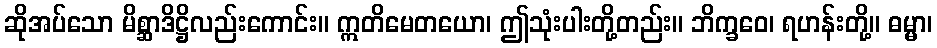
ဆိုအပ်သော မိစ္ဆာဒိဋ္ဌိလည်းကောင်း။ ဣတိမေတယော၊ ဤသုံးပါးတို့တည်း။ ဘိက္ခဝေ၊ ရဟန်းတို့။ ဓမ္မာ၊